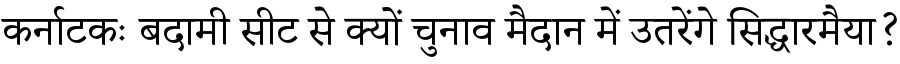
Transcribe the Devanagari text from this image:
कर्नाटकः बदामी सीट से क्यों चुनाव मैदान में उतरेंगे सिद्धारमैया?